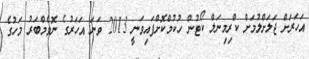
އަހަރަށް ޖަލަށްލުމަށް ކްރިމިނަލް ކޯޓުން ހުކުމްކޮށްފައިވަނީ 2013 ވަނަ އަހަރުގެ ނޮވެމްބަރު މަހުގެ